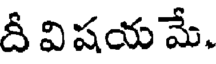
దీ విషయ మే.